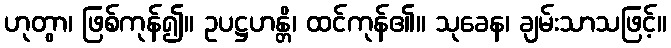
ဟုတွာ၊ ဖြစ်ကုန်၍။ ဥပဋ္ဌဟန္တိ၊ ထင်ကုန်၏။ သုခေန၊ ချမ်းသာသဖြင့်။